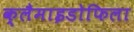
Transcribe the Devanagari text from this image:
क्लैमाइडोफिला